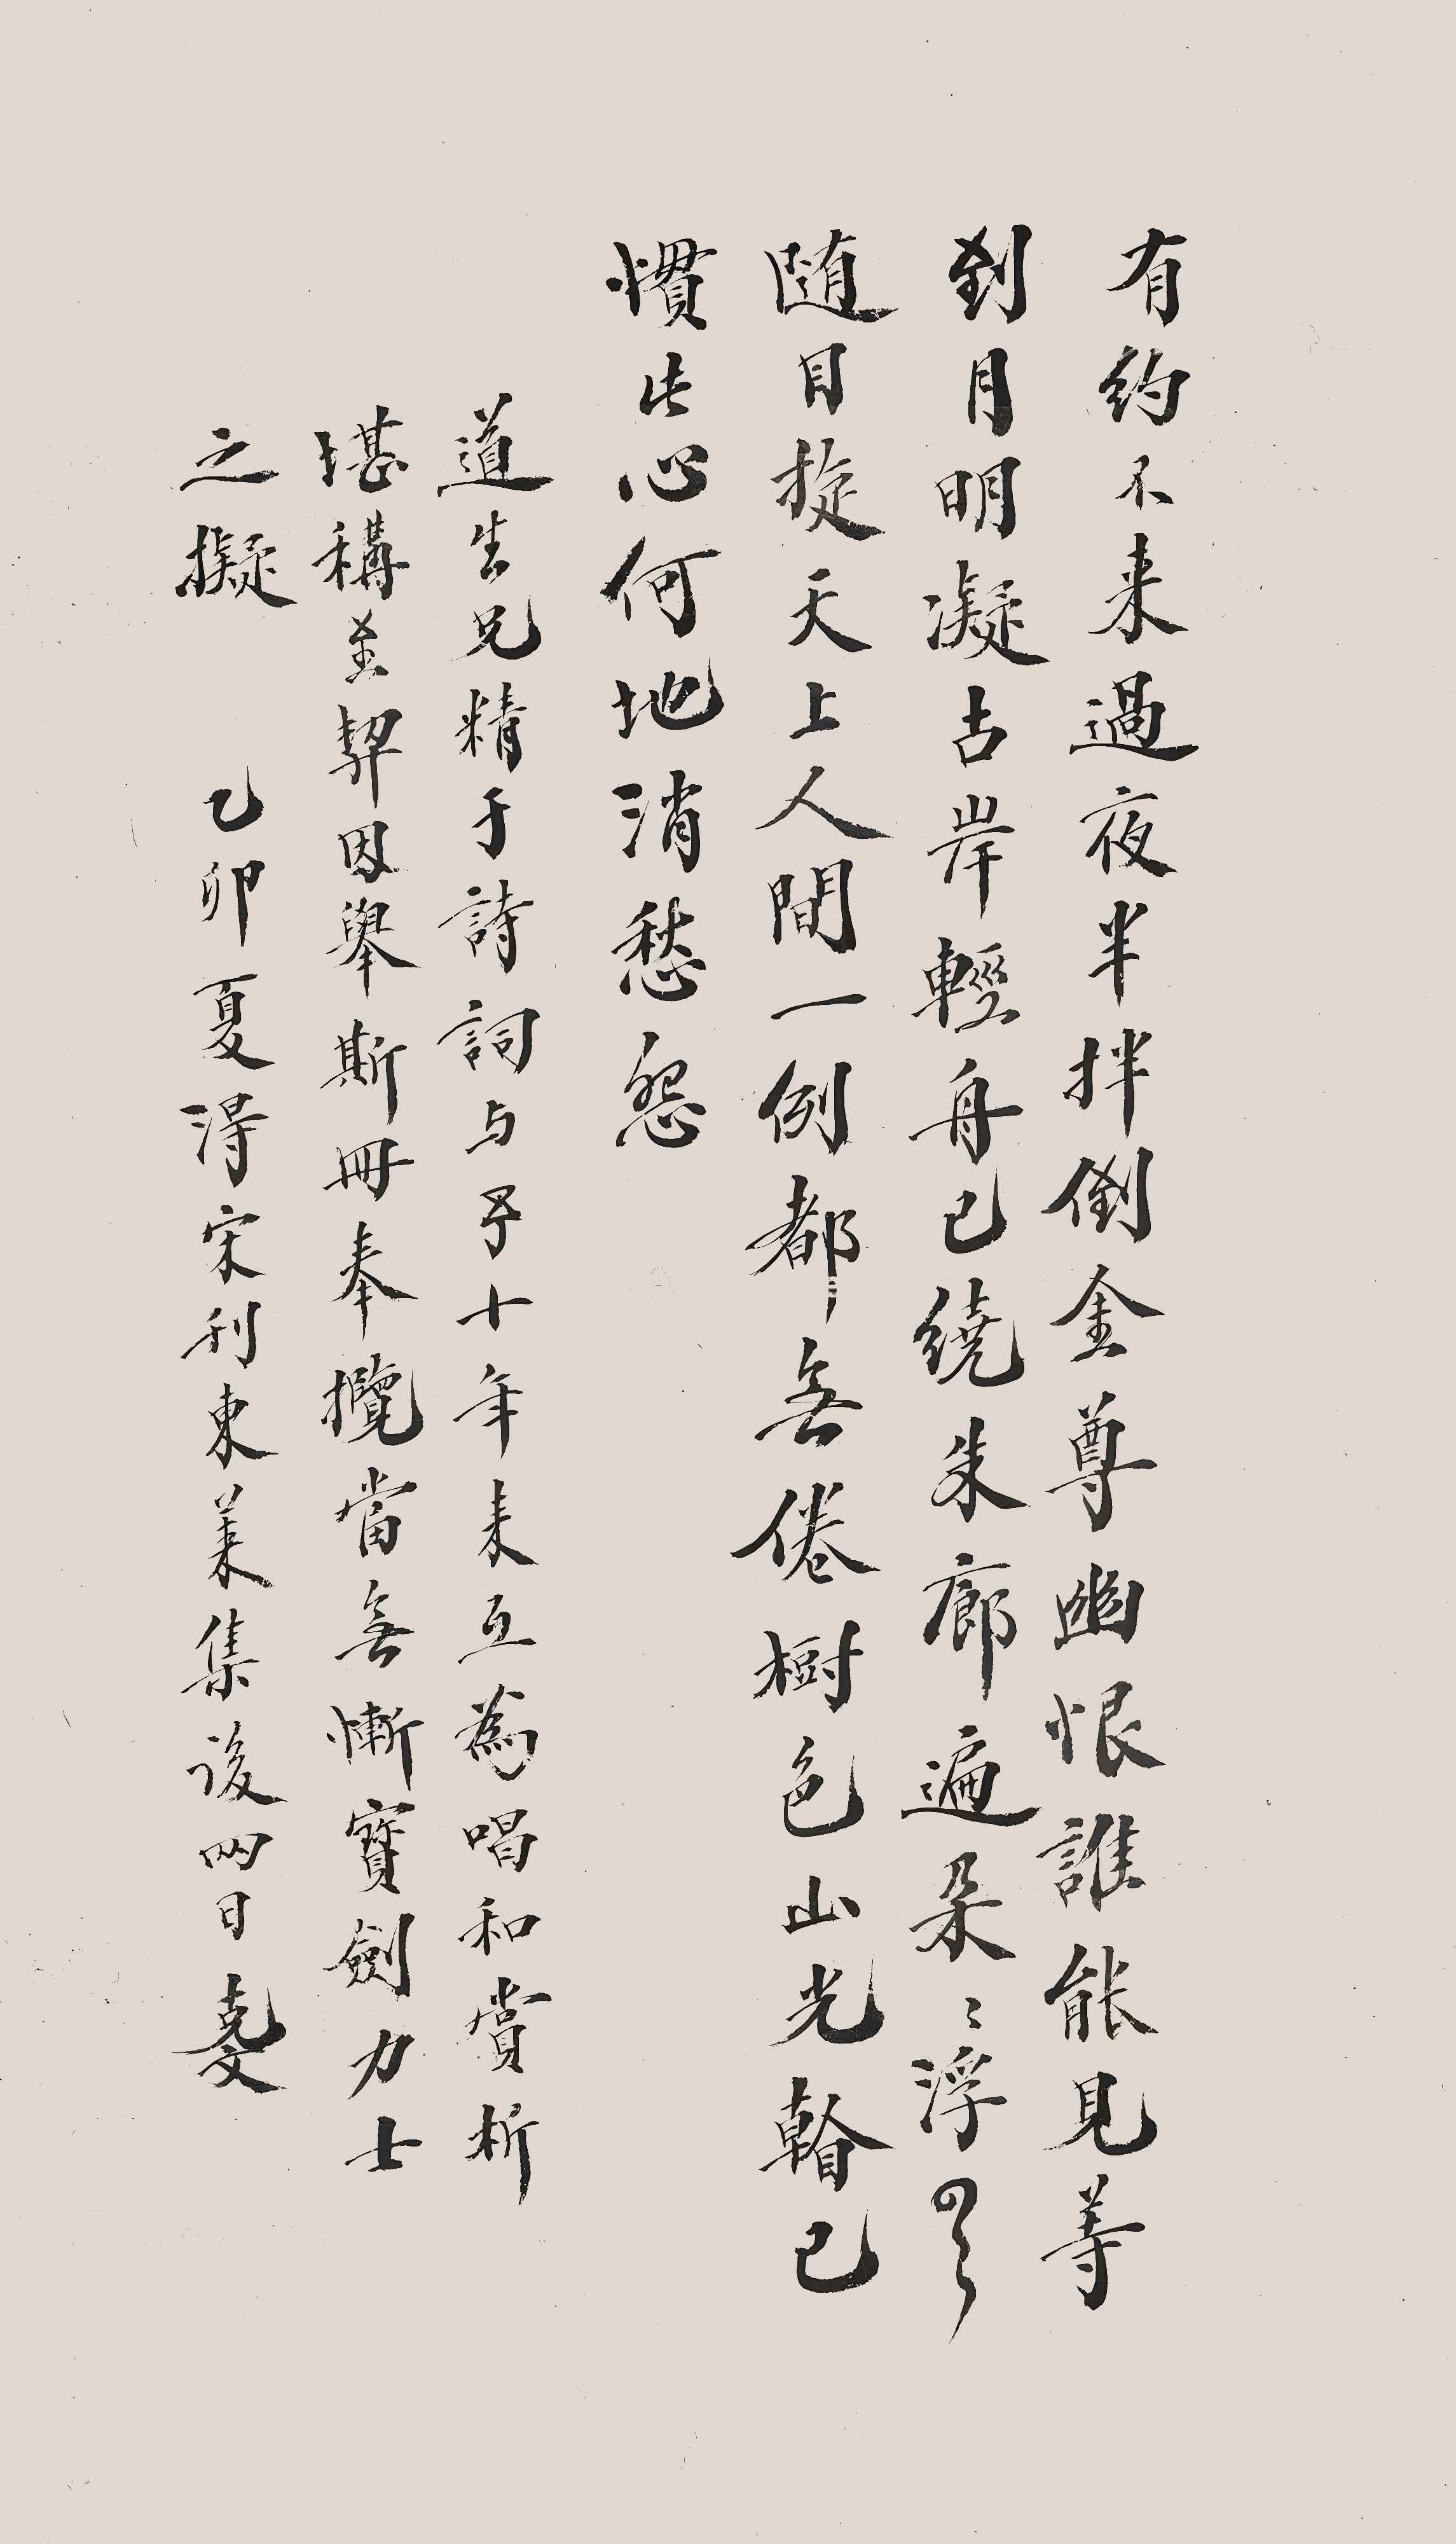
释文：有约不来过夜半，拌倒金尊，幽恨谁能见？等到月明凝古岸，轻舟已绕朱廊遍。朵朵浮云随目旋，天上人间，一例都无倦。树色山光看已惯，此心何地消愁怨。道生兄精于诗词，与予十七年来互为唱和、赏析，堪称至契。因举斯册奉揽，当无惭宝剑力士之拟。乙卯（1915）夏，得宋刊〈东莱集〉后两日，克文。